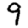
Digit: 9